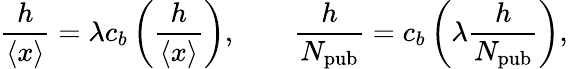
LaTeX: \frac{h}{\left\langle{x}\right\rangle}=\lambda c_{b}\left(\frac{h}{\left\langle{x}\right\rangle}\right),\qquad\frac{h}{N_{\mathrm{pub}}}=c_{b}\left(\lambda\frac{h}{N_{\mathrm{pub}}}\right),